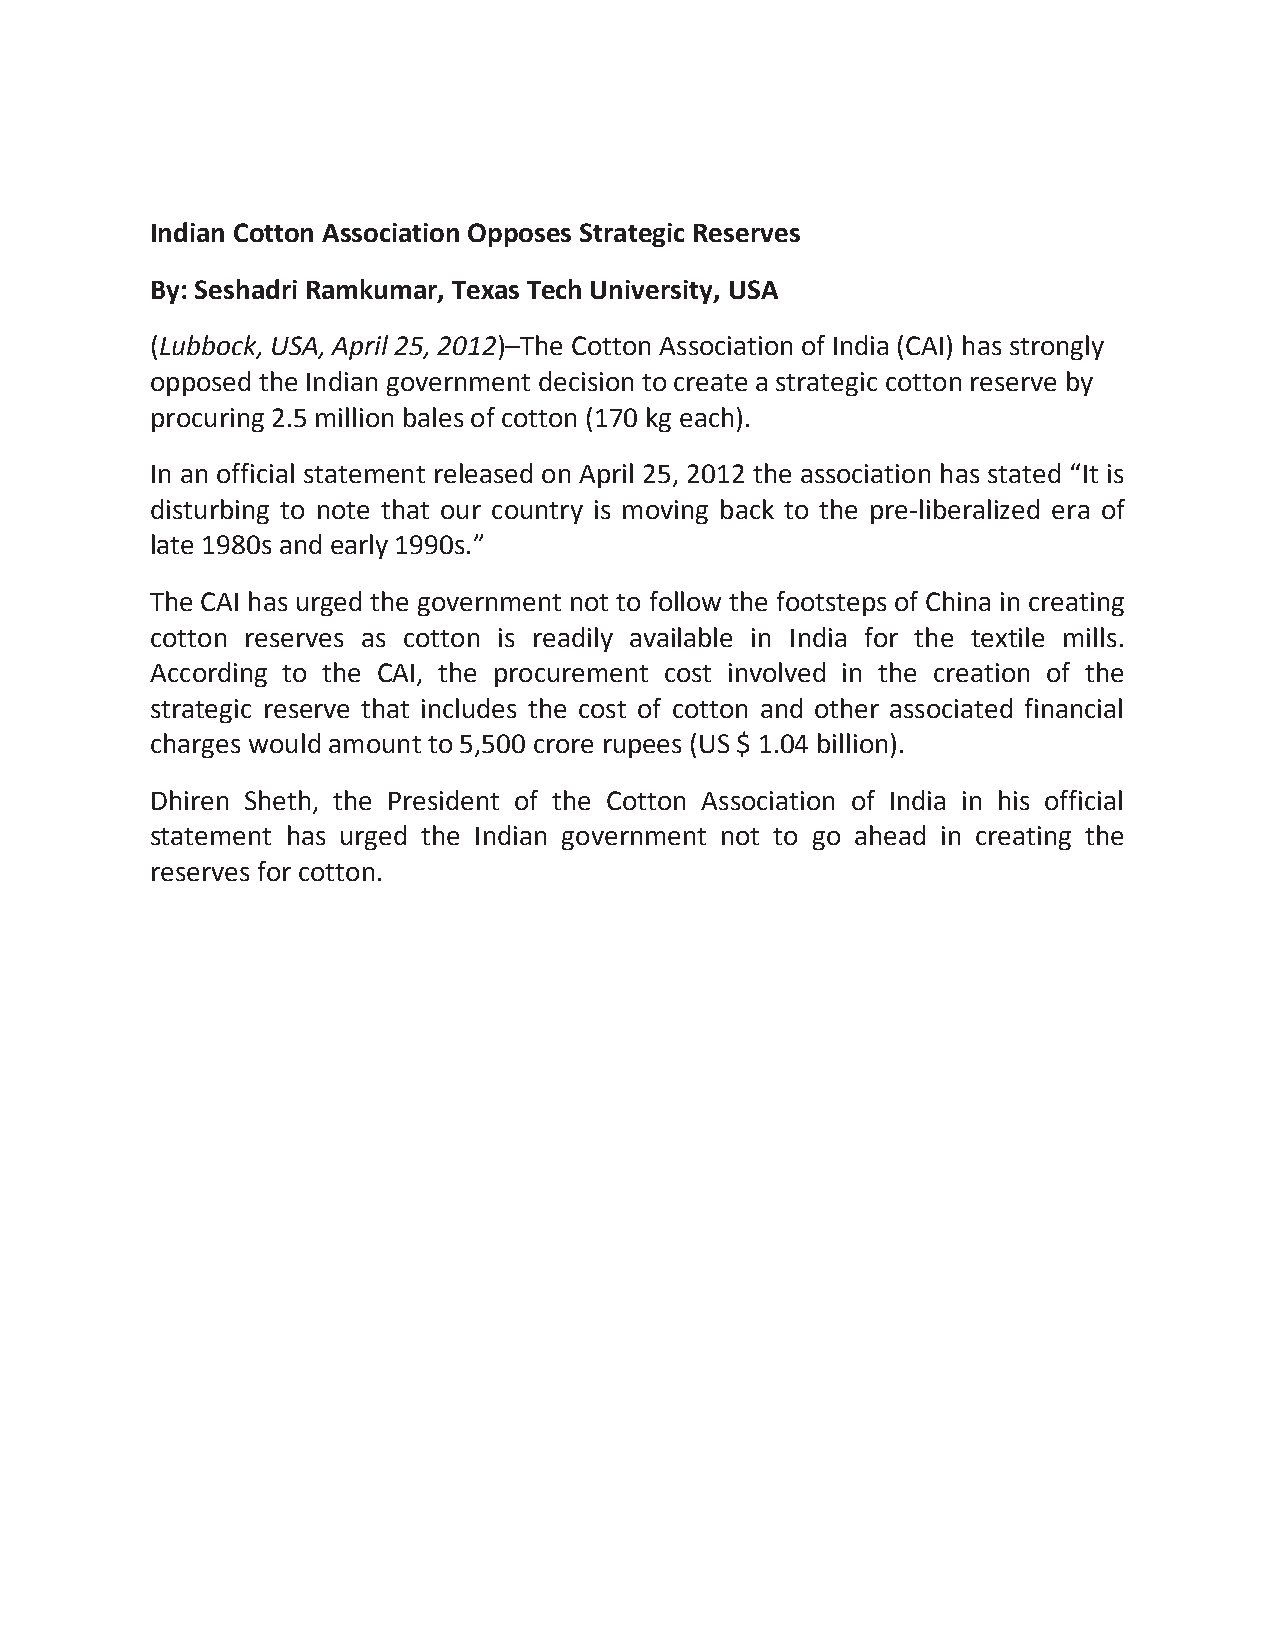
Indian Cotton Association Opposes Strategic Reserves
 By: Seshadri Ramkumar, Texas Tech University, USA
 (Lubbock, USA, April 25, 2012)–The Cotton Association of India (CAI) has strongly
 opposed the Indian government decision to create a strategic cotton reserve by
 procuring 2.5 million bales of cotton (170 kg each).
 In an official statement released on April 25, 2012 the association has stated “It is
 disturbing to note that our country is moving back to the pre-liberalized era of
 late 1980s and early 1990s.”
 The CAI has urged the government not to follow the footsteps of China in creating
 cotton reserves as cotton is readily available in India for the textile mills.
 According to the CAI, the procurement cost involved in the creation of the
 strategic reserve that includes the cost of cotton and other associated financial
 charges would amount to 5,500 crore rupees (US $ 1.04 billion).
 Dhiren Sheth, the President of the Cotton Association of India in his official
 statement has urged the Indian government not to go ahead in creating the
 reserves for cotton.